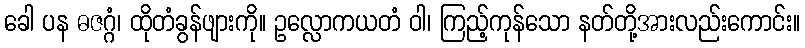
ခေါ ပန ဓဇဂ္ဂံ၊ ထိုတံခွန်ဖျားကို။ ဥလ္လောကယတံ ဝါ၊ ကြည့်ကုန်သော နတ်တို့အားလည်းကောင်း။